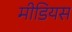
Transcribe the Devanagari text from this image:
मीडियस